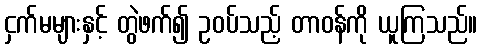
ငှက်မများနှင့် တွဲဖက်၍ ဥဝပ်သည့် တာဝန်ကို ယူကြသည်။